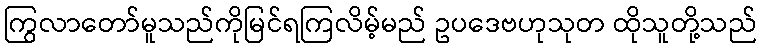
ကြွလာတော်မူသည်ကိုမြင်ရကြလိမ့်မည် ဥပဒေဗဟုသုတ ထိုသူတို့သည်